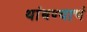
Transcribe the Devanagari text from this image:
थांबण्याचं